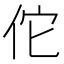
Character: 佗